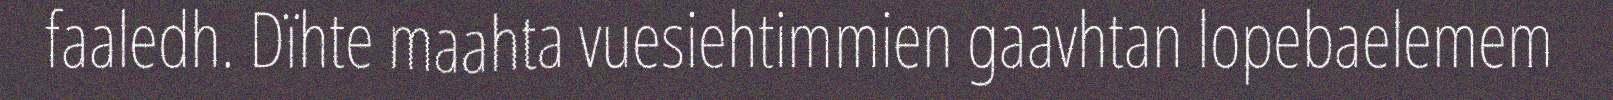
faaledh. Dïhte maahta vuesiehtimmien gaavhtan lopebaelemem